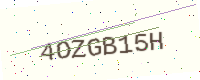
Text: 4OZGB15H